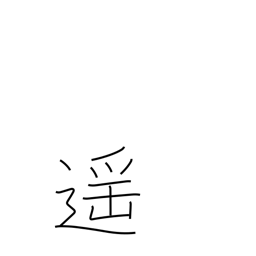
Meaning: far off